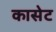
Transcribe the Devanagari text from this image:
कासेट